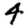
Digit: 4